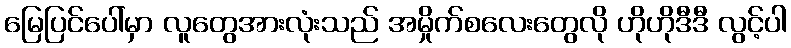
မြေပြင်ပေါ်မှာ လူတွေအားလုံးသည် အမှိုက်စလေးတွေလို ဟိုဟိုဒီဒီ လွင့်ပါ